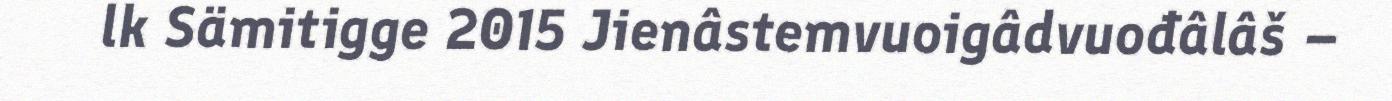
lk Sämitigge 2015 Jienâstemvuoigâdvuođâlâš –